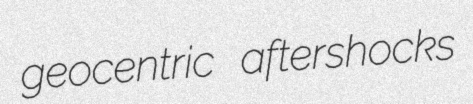
geocentric aftershocks